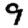
Digit: 9